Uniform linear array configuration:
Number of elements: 4
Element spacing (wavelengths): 0.5
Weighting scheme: hamming
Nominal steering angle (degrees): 45
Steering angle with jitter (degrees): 43.185
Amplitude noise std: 0.05
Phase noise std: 0.05

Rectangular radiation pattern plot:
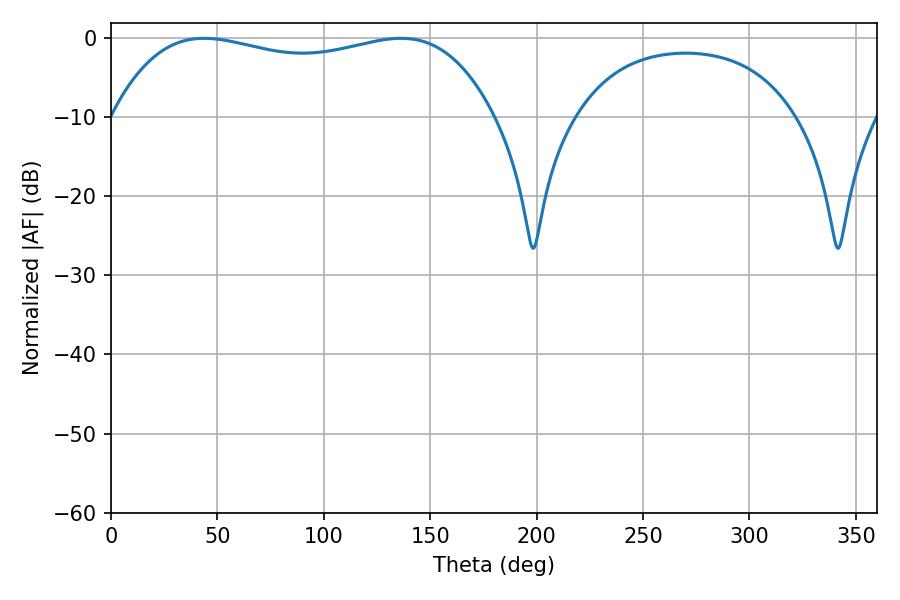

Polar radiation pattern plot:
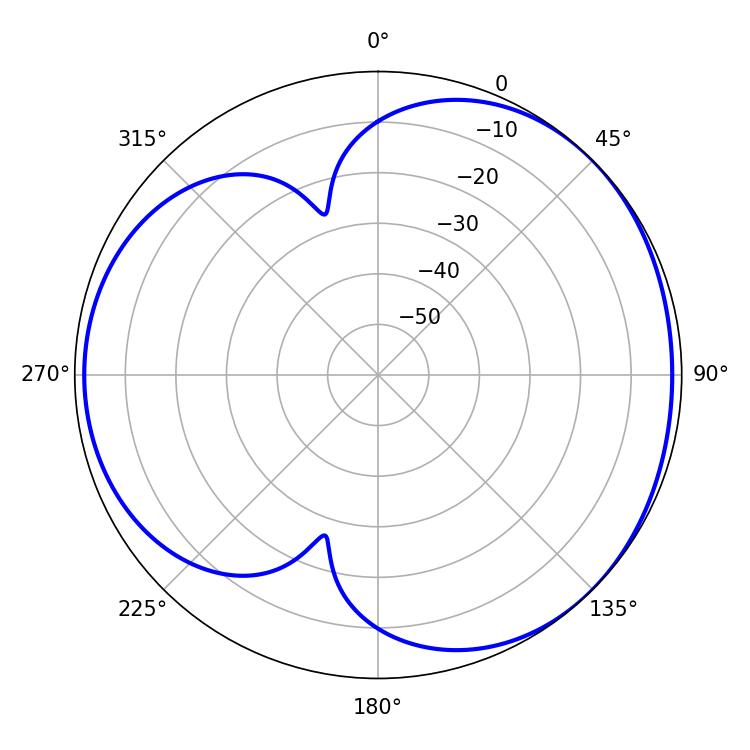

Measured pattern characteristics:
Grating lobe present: FALSE
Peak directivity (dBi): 3.731
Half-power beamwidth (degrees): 144.72
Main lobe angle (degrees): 43.74